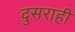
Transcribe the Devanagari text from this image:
दुसराही